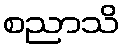
စညာသိ